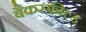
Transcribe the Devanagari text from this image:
बैकस्फील्ड